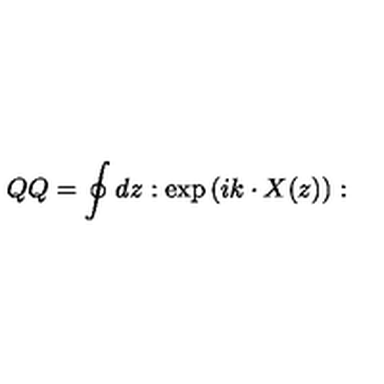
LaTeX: Q Q = \oint d z : \exp \left( i k \cdot X ( z ) \right) :